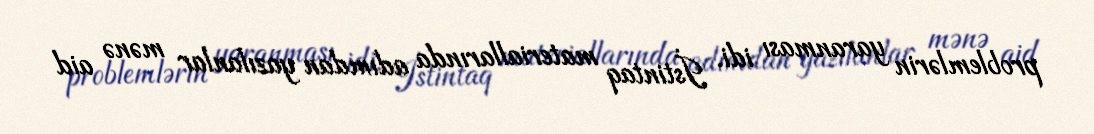
problemlərin yaranması idi. İstintaq materiallarında adımdan yazılanlar mənə aid